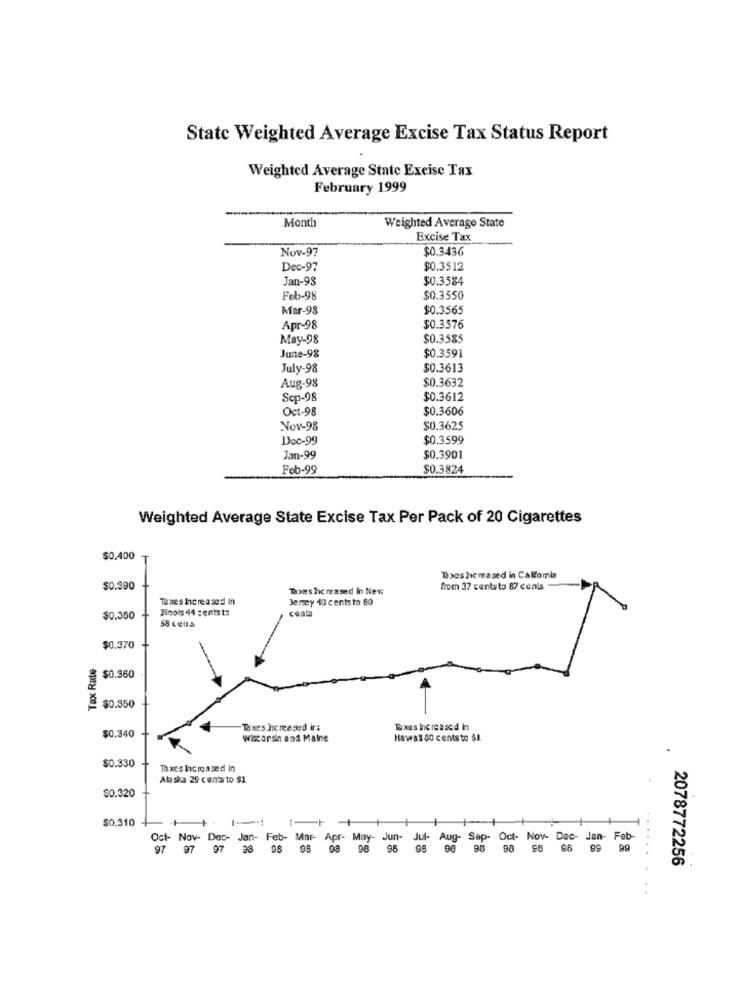
State Weighted Average Excise Tax Status Report
Weighted Average State Excise Tax
February 1999
Weighted Average State
Month
Excise Tax
Nov-97
$0.3436
Dec-97
$0.3512
Jan-98
$0.3584
Feb-98
$0.3550
Mar-98
$0.3565
Apr-98
$0.3376
May-98
$0.3585
June-98
$0.3591
July-98
$0.3613
$0.3632
Aug-98
Scp-98
$0.3612
Oct-98
$0.3606
Nov-98
$0.3625
Dec-99
$0.3599
Jan-99
$0.3901
Feb-99
$0.3824
Weighted Average State Excise Tax Per Pack of 20 Cigarettes
$0.400
Thxcs hereased in Caltomla
$0.390
Taxes hereased in New
from 37 centsto 87 cents
Taxes Increased In
Jersey 40 cents to 80
Inois 44 centsts
conta
$0.350
58 cells
$0.370
Tax Rate
$0.360
$0.350
$0.340
Taxes increased ir:
Taxes Increased in
wisconsin and Maine
Hawall 80 cents to $1
$0.330
Taxes Increased in
Alaska 29 centsto $1
$0.320
$0.310
Oct- Nov- Dec- Jan- Feb- Mar- Apr- May- Jun-
Jun-
Jul- Aug- Sap- Oct- Nov- Dec- Jan- Feb-
97 97 97
98
98
98
98
98
98
98
98
8 98 98 99 99
2078772256